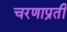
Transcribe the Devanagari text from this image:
चरणाप्रती